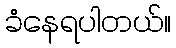
ခံနေရပါတယ်။